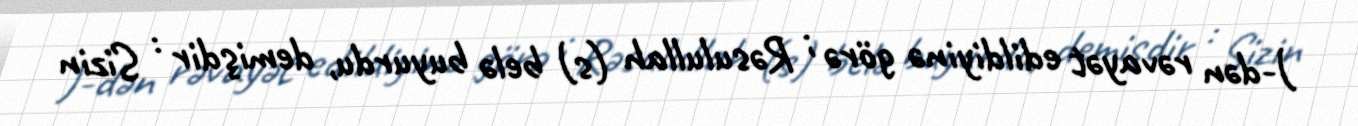
)-dən rəvayət edildiyinə görə ; Rəsulullah (s) belə buyurdu, demişdir : Sizin